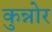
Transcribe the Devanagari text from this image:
कुन्नोर